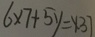
6 \times 7 + 5 y = 1 3 7